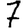
Digit: 7